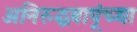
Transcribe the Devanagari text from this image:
अनिरुद्धबापूंच्या